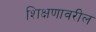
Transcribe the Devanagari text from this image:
शिक्षणावरील